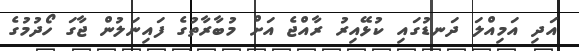
އަދި އަމިއްލަ ދަނޑުގައި ކުޅޭއިރު ރާއްޖެ އަށް މުބާރާތުގެ ފައިނަލުން ޖާގަ ހޯދުމުގެ